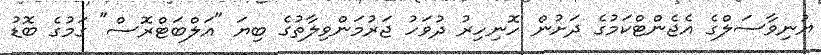
ޔުނިވާސަލްގެ އެޖެންޓްކަމުގެ ދަށުން ހޮނިހިރު ދުވަހު ޖަރުމަންވިލާތުގެ ބިޔަ "އަލްބަޓްރޮސް" ގަމުގެ ބޮޑު